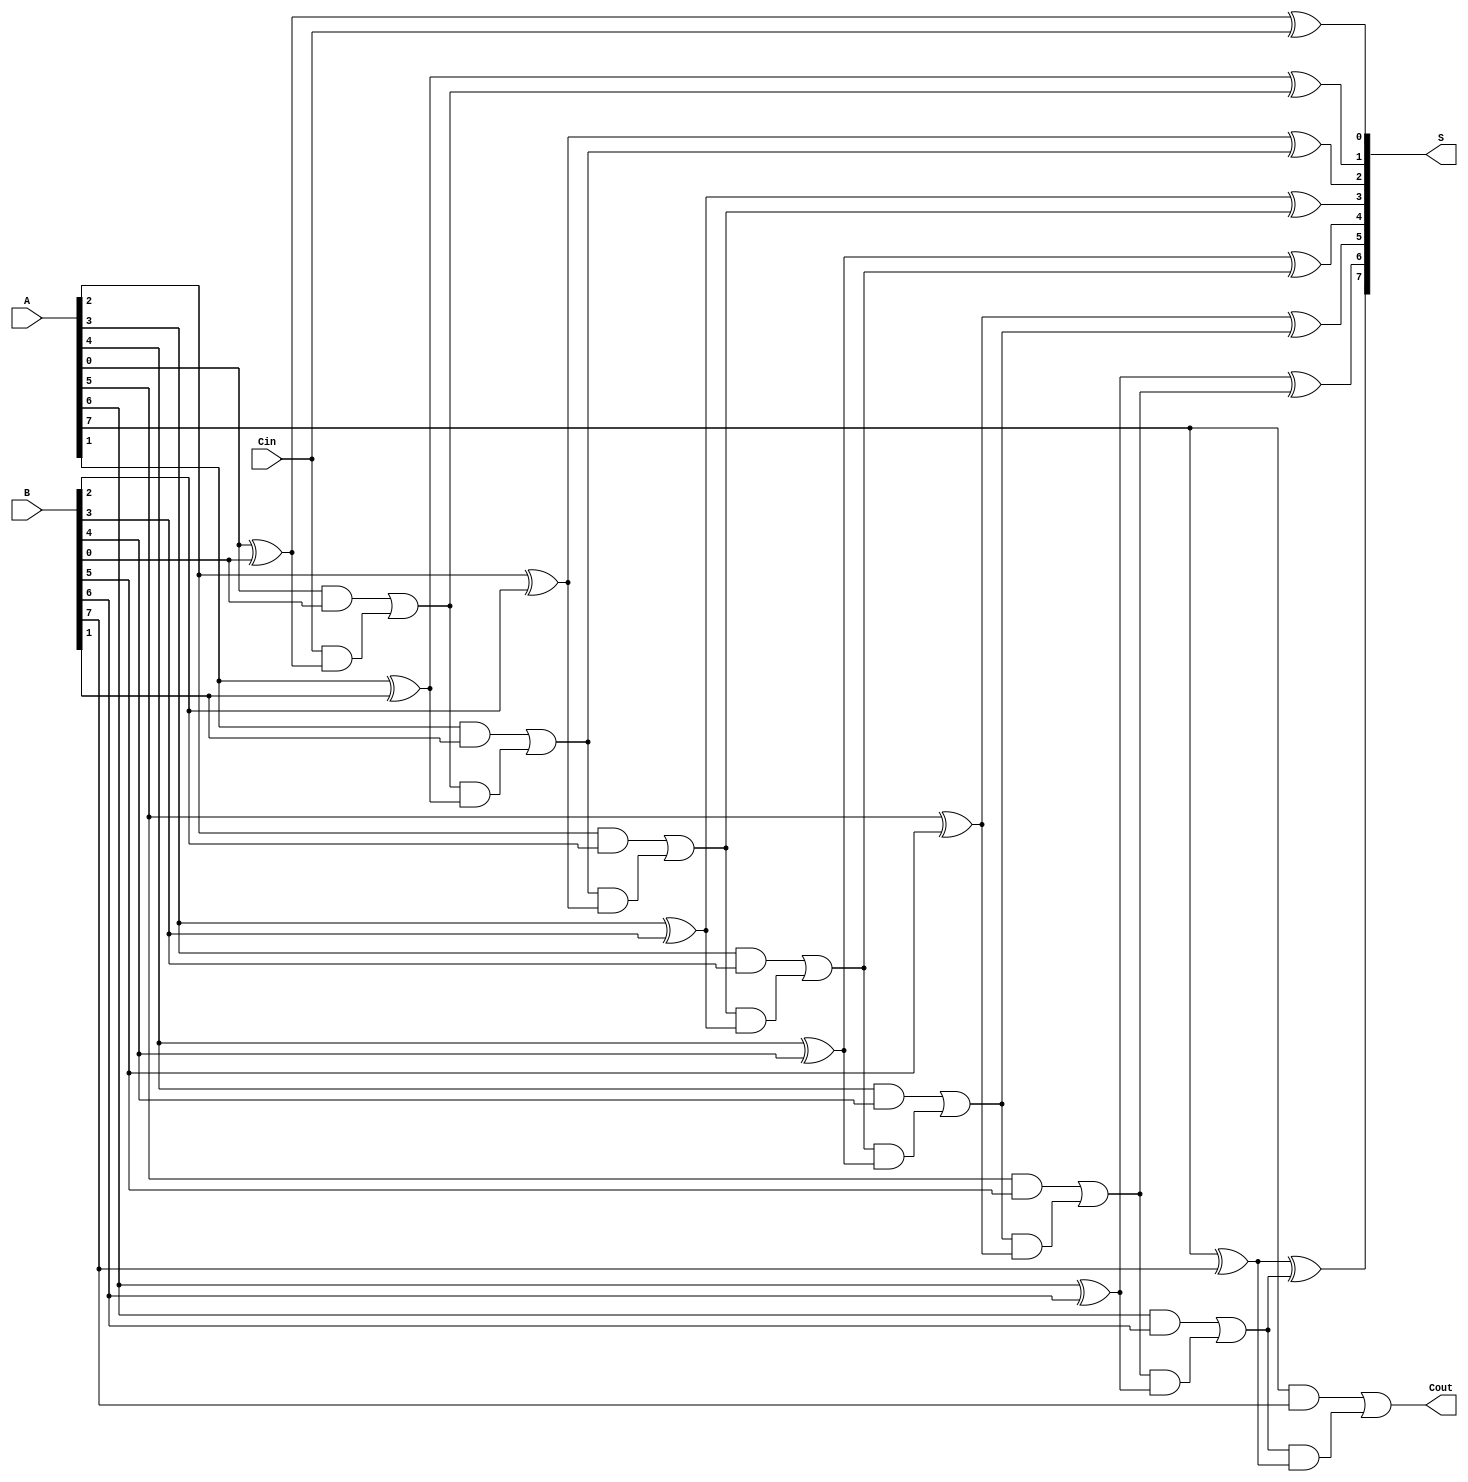
module ManchesterCarryChainAdder #(parameter n = 8) (
    input  wire [n-1:0] A,     // First n-bit binary number
    input  wire [n-1:0] B,     // Second n-bit binary number
    input  wire Cin,           // Carry-in signal
    output wire [n-1:0] S,     // n-bit sum output
    output wire Cout           // Carry-out signal
);

    wire [n:0] carry;          // Intermediate carry signals
    wire [n-1:0] sum;          // Intermediate sum signals

    // Assign initial carry
    assign carry[0] = Cin;

    // Calculate sum and carry for each bit
    genvar i;
    generate
        for (i = 0; i < n; i = i + 1) begin : carry_chain
            // Sum calculation
            assign sum[i] = A[i] ^ B[i] ^ carry[i];

            // Carry calculation
            assign carry[i+1] = (A[i] & B[i]) | (carry[i] & (A[i] ^ B[i]));
        end
    endgenerate

    // Final outputs
    assign S = sum;
    assign Cout = carry[n];  // Final carry-out

endmodule